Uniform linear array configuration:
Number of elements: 64
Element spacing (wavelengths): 0.75
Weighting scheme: hann
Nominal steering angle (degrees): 60
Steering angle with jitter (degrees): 59.52
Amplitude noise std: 0.05
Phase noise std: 0.05

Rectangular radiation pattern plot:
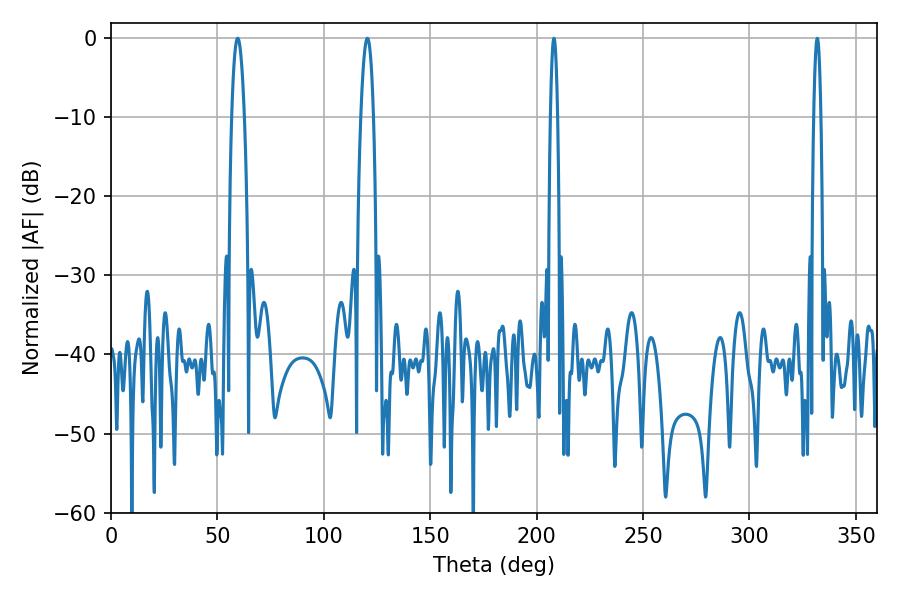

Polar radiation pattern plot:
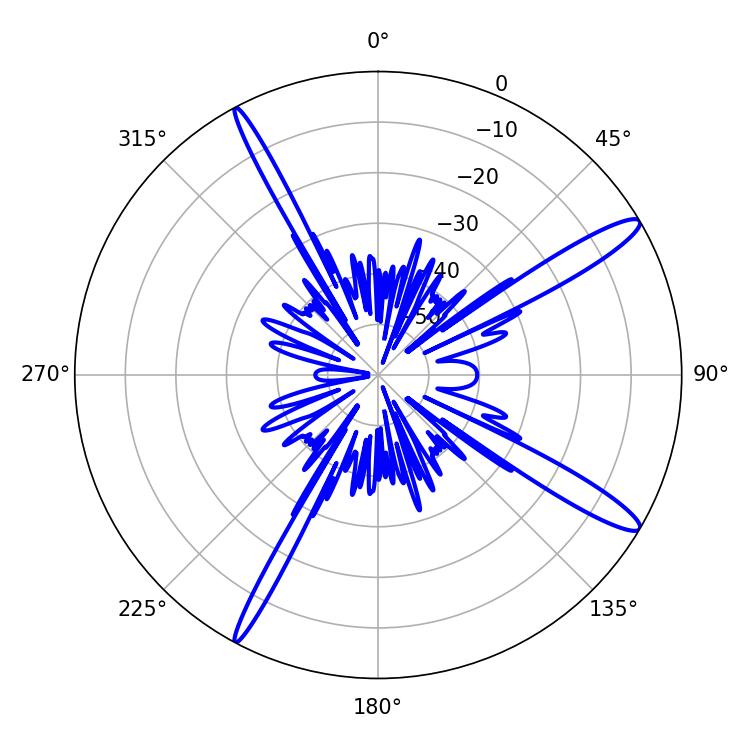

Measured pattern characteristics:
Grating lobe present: TRUE
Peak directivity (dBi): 14.319
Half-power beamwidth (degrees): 3.24
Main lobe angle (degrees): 59.58